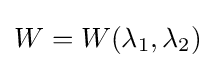
W=W(\lambda _{1},\lambda _{2})